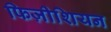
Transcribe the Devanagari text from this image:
फिज़ीशियन